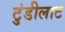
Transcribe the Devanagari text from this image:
टुंडीलाट